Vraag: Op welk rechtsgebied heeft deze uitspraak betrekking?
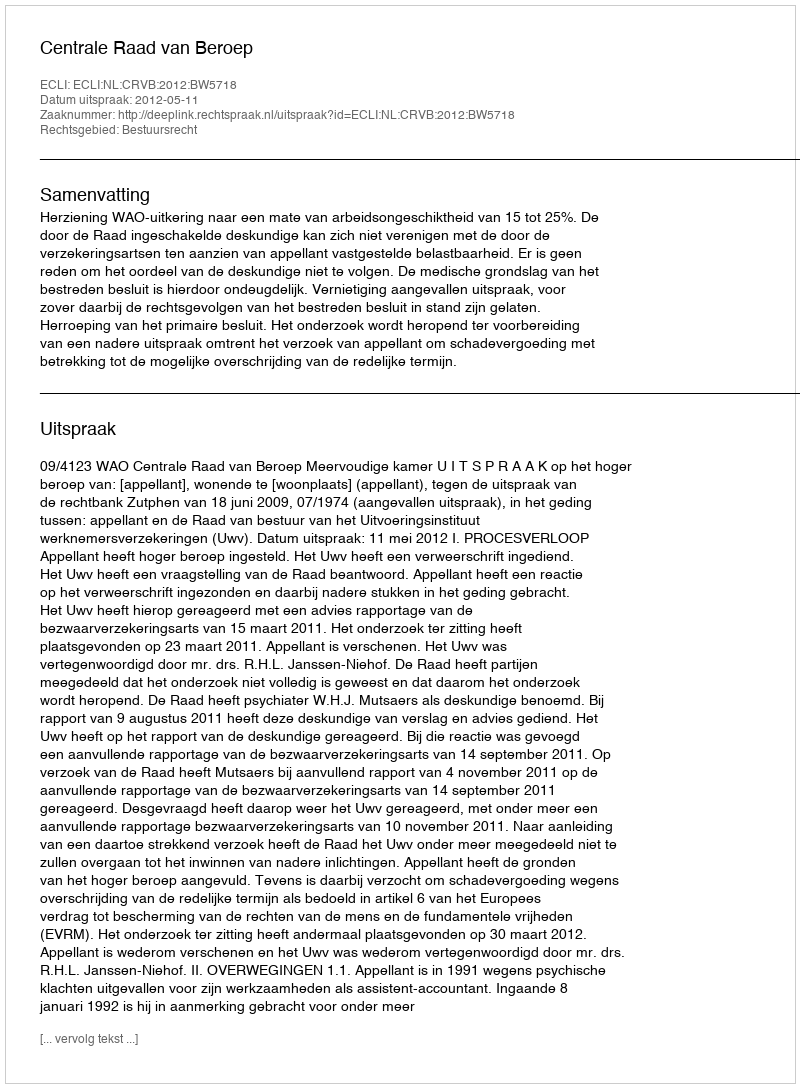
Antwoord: Bestuursrecht